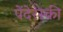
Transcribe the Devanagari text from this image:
पेंदेरेस्की